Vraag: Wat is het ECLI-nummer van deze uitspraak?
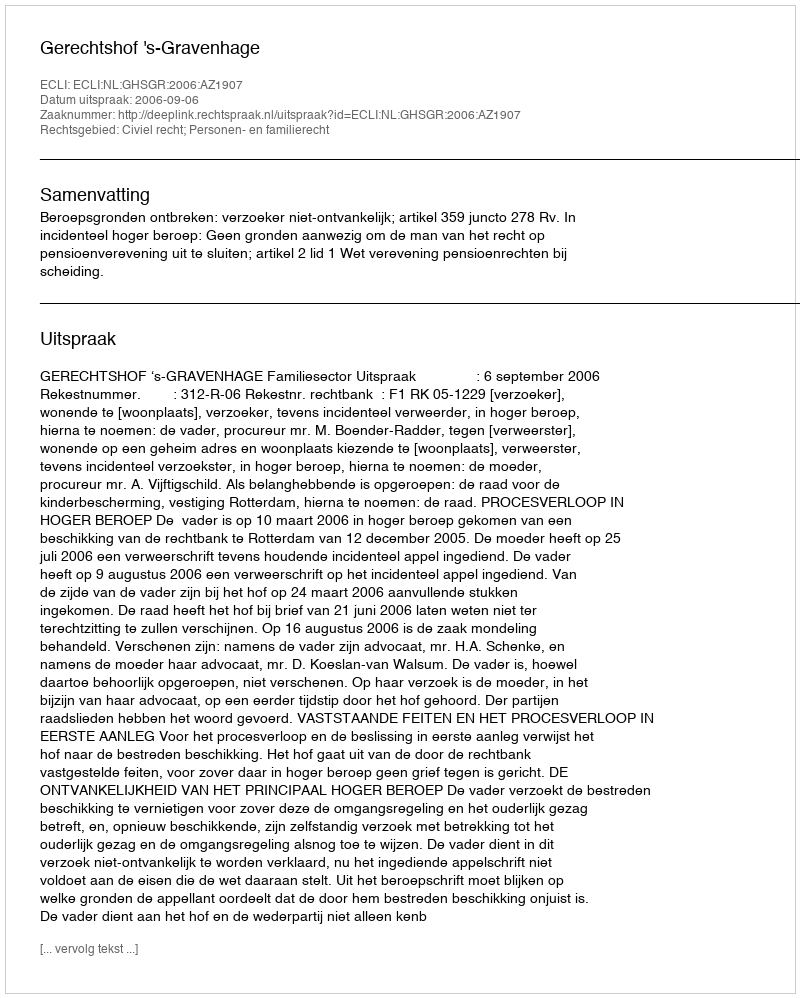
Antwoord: ECLI:NL:GHSGR:2006:AZ1907